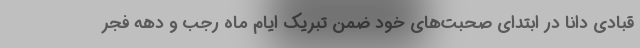
قبادی دانا در ابتدای صحبت‌های خود ضمن تبریک ایام ماه رجب و دهه فجر